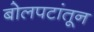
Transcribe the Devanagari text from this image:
बोलपटांतून